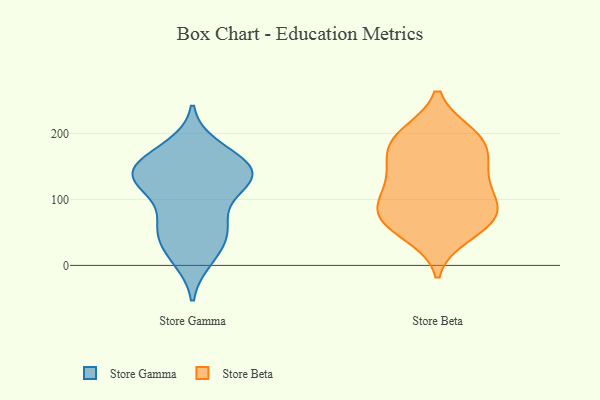
{"axis": {"x": "Market Share (%)", "y": "Value"}, "legend": ["Store Beta", "Store Gamma"], "data": [{"x": "", "y": 111, "type": "Store Gamma"}, {"x": "", "y": 130, "type": "Store Gamma"}, {"x": "", "y": 62, "type": "Store Gamma"}, {"x": "", "y": 10, "type": "Store Gamma"}, {"x": "", "y": 58, "type": "Store Gamma"}, {"x": "", "y": 140, "type": "Store Gamma"}, {"x": "", "y": 172, "type": "Store Gamma"}, {"x": "", "y": 146, "type": "Store Gamma"}, {"x": "", "y": 132, "type": "Store Gamma"}, {"x": "", "y": 151, "type": "Store Gamma"}, {"x": "", "y": 14, "type": "Store Gamma"}, {"x": "", "y": 131, "type": "Store Gamma"}, {"x": "", "y": 64, "type": "Store Gamma"}, {"x": "", "y": 33, "type": "Store Gamma"}, {"x": "", "y": 179, "type": "Store Gamma"}, {"x": "", "y": 53, "type": "Store Gamma"}, {"x": "", "y": 140, "type": "Store Gamma"}, {"x": "", "y": 154, "type": "Store Gamma"}, {"x": "", "y": 119, "type": "Store Gamma"}, {"x": "", "y": 117, "type": "Store Beta"}, {"x": "", "y": 188, "type": "Store Beta"}, {"x": "", "y": 90, "type": "Store Beta"}, {"x": "", "y": 141, "type": "Store Beta"}, {"x": "", "y": 191, "type": "Store Beta"}, {"x": "", "y": 60, "type": "Store Beta"}, {"x": "", "y": 198, "type": "Store Beta"}, {"x": "", "y": 191, "type": "Store Beta"}, {"x": "", "y": 155, "type": "Store Beta"}, {"x": "", "y": 69, "type": "Store Beta"}, {"x": "", "y": 47, "type": "Store Beta"}, {"x": "", "y": 146, "type": "Store Beta"}, {"x": "", "y": 97, "type": "Store Beta"}, {"x": "", "y": 85, "type": "Store Beta"}, {"x": "", "y": 72, "type": "Store Beta"}]}